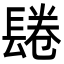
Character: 𨲏